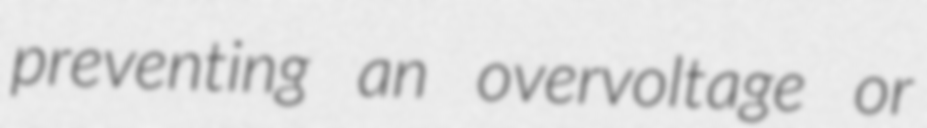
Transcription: preventing an overvoltage or